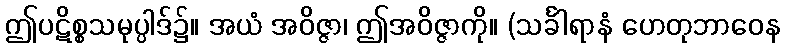
ဤပဋိစ္စသမုပ္ပါဒ်၌။ အယံ အဝိဇ္ဇာ၊ ဤအဝိဇ္ဇာကို။ (သင်္ခါရာနံ ဟေတုဘာဝေန